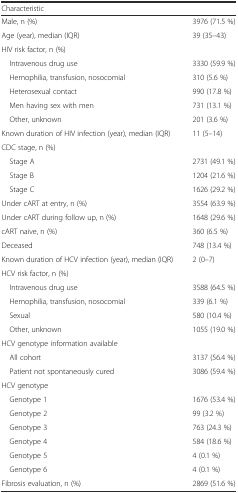
| Characteristic |  |
 | --- | --- |
 | Male, n (%) | 3976 (71.5 %) |
 | Age (year), median (IQR) | 39 (35–43) |
 | HIV risk factor, n (%) |  |
 | Intravenous drug use | 3330 (59.9 %) |
 | Hemophilia, transfusion, nosocomial | 310 (5.6 %) |
 | Heterosexual contact | 990 (17.8 %) |
 | Men having sex with men | 731 (13.1 %) |
 | Other, unknown | 201 (3.6 %) |
 | Known duration of HIV infection (year), median (IQR) | 11 (5–14) |
 | CDC stage, n (%) |  |
 | Stage A | 2731 (49.1 %) |
 | Stage B | 1204 (21.6 %) |
 | Stage C | 1626 (29.2 %) |
 | Under cART at entry, n (%) | 3554 (63.9 %) |
 | Under cART during follow up, n (%) | 1648 (29.6 %) |
 | cART naive, n (%) | 360 (6.5 %) |
 | Deceased | 748 (13.4 %) |
 | Known duration of HCV infection (year), median (IQR) | 2 (0–7) |
 | HCV risk factor, n (%) |  |
 | Intravenous drug use | 3588 (64.5 %) |
 | Hemophilia, transfusion, nosocomial | 339 (6.1 %) |
 | Sexual | 580 (10.4 %) |
 | Other, unknown | 1055 (19.0 %) |
 | HCV genotype information available |  |
 | All cohort | 3137 (56.4 %) |
 | Patient not spontaneously cured | 3086 (59.4 %) |
 | HCV genotype |  |
 | Genotype 1 | 1676 (53.4 %) |
 | Genotype 2 | 99 (3.2 %) |
 | Genotype 3 | 763 (24.3 %) |
 | Genotype 4 | 584 (18.6 %) |
 | Genotype 5 | 4 (0.1 %) |
 | Genotype 6 | 4 (0.1 %) |
 | Fibrosis evaluation, n (%) | 2869 (51.6 %) |